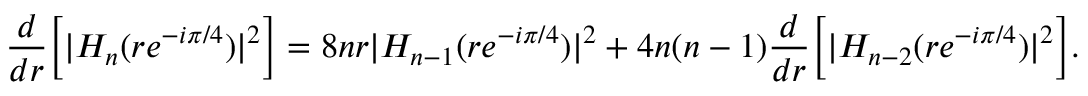
\frac { d } { d r } \Big [ | H _ { n } ( r e ^ { - i \pi / 4 } ) | ^ { 2 } \Big ] = 8 n r | H _ { n - 1 } ( r e ^ { - i \pi / 4 } ) | ^ { 2 } + 4 n ( n - 1 ) \frac { d } { d r } \Big [ | H _ { n - 2 } ( r e ^ { - i \pi / 4 } ) | ^ { 2 } \Big ] .